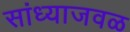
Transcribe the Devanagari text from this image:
सांध्याजवळ